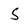
Character: S